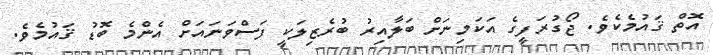
އޮތް ޤައުމެކެވެ. ޖޯގުރަފީގެ އަކަމިނަށް ބަލާއިރު ބުރެޒިލަކީ ފަސްވަނައަށް އެންމެ ބޮޑު ޤައުމެވެ.